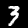
Digit: 3